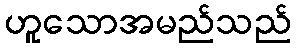
ဟူသောအမည်သည်